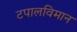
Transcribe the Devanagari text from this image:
टपालविमान